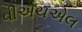
વીએચએલ